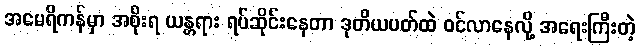
အမေရိကန်မှာ အစိုးရ ယန္တရား ရပ်ဆိုင်းနေတာ ဒုတိယပတ်ထဲ ဝင်လာနေလို့ အရေးကြီးတဲ့